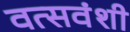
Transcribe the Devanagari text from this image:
वत्सवंशी